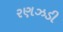
રણઝડી